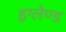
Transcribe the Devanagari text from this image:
इग्‍लेण्‍ड